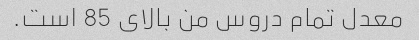
معدل تمام دروس من بالای 85 است.